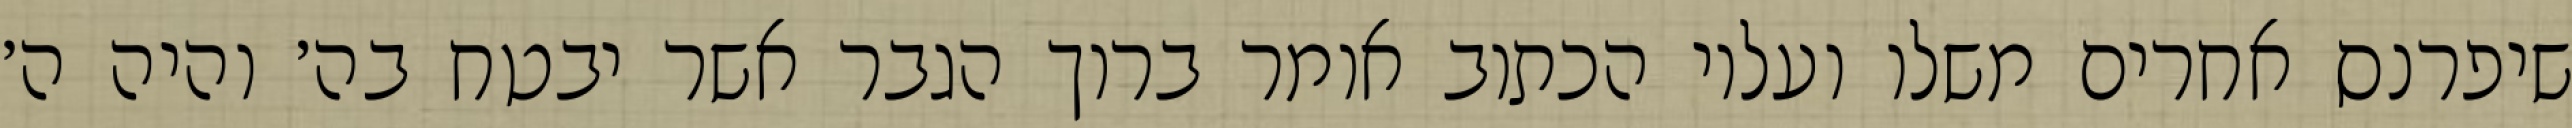
שיפרנס אחרים משלו ועליו הכתוב אומר ברוך הגבר אשר יבטח בה׳ והיה ה׳